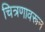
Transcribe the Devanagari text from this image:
चित्रणावरून